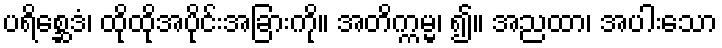
ပရိစ္ဆေဒံ၊ ထိုထိုအပိုင်းအခြားကို။ အတိက္ကမ္မ၊ ၍။ အညထာ၊ အပါးသော